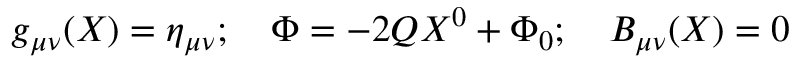
g _ { \mu \nu } ( X ) = \eta _ { \mu \nu } ; \quad \Phi = - 2 Q X ^ { 0 } + \Phi _ { 0 } ; \quad B _ { \mu \nu } ( X ) = 0